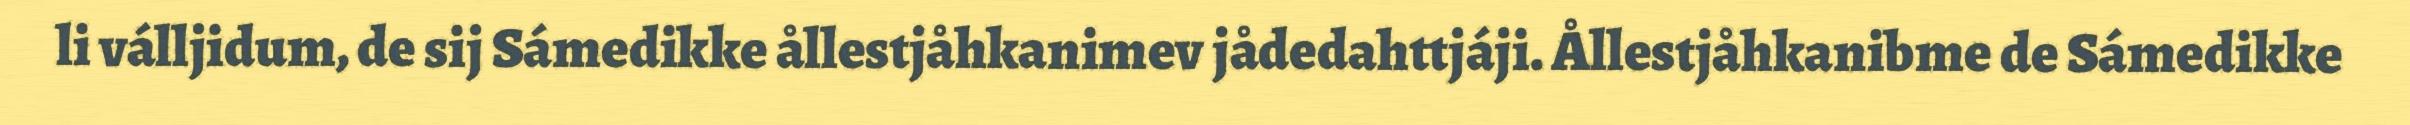
li válljidum, de sij Sámedikke ållestjåhkanimev jådedahttjáji. Ållestjåhkanibme de Sámedikke